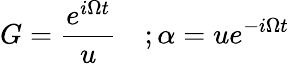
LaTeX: G=\frac{e^{i\Omega t}}u\quad;\alpha=ue^{-i\Omega t}